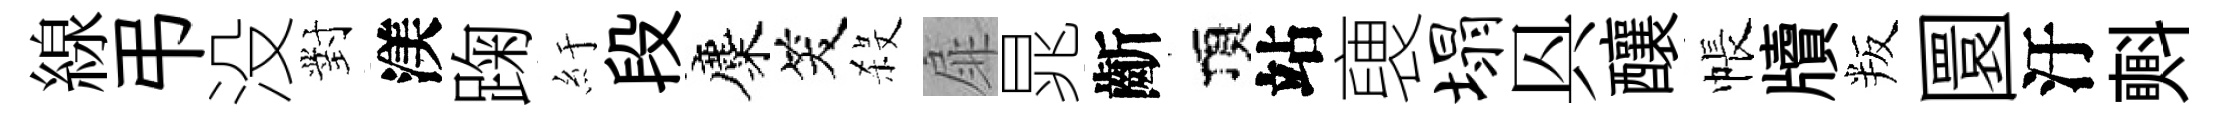
線弔没對渼踘紆段麋笑殺扉晁齗頂站褏塌㒷釀帳牘叛圜汙㪺